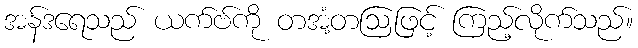
အန်ဒရေသည် ယက်ဗ်ကို တအံ့တဩဖြင့် ကြည့်လိုက်သည်။